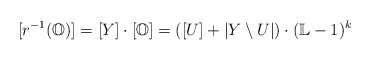
\begin{align*} [r^{-1}(\mathbb{O})] = [Y]\cdot [\mathbb{O}] = ([U] + |Y\setminus U|) \cdot (\mathbb L-1)^k\end{align*}